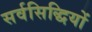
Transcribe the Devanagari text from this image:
सर्वसिद्धियों